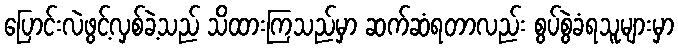
ပြောင်းလဲဖွင့်လှစ်ခဲ့သည် သိထားကြသည်မှာ ဆက်ဆံရတာလည်း စွပ်စွဲခံရသူများမှာ